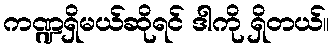
ကဏ္ဍရှိမယ်ဆိုရင် ဒါကို ရှိတယ်။